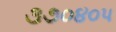
૩૭૦૪૦૫